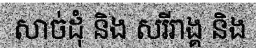
សាច់ដុំ និង សរីរាង្គ និង